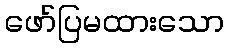
ဖော်ပြမထားသော